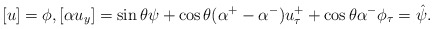
\begin{align*}[u]=\phi, [\alpha u_y] = \sin \theta \psi + \cos \theta (\alpha^+ - \alpha^-) u^+_{\tau}+ \cos \theta \alpha^- \phi_{\tau} = \hat{\psi}.\end{align*}